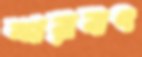
শরবৎ